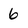
Character: 6